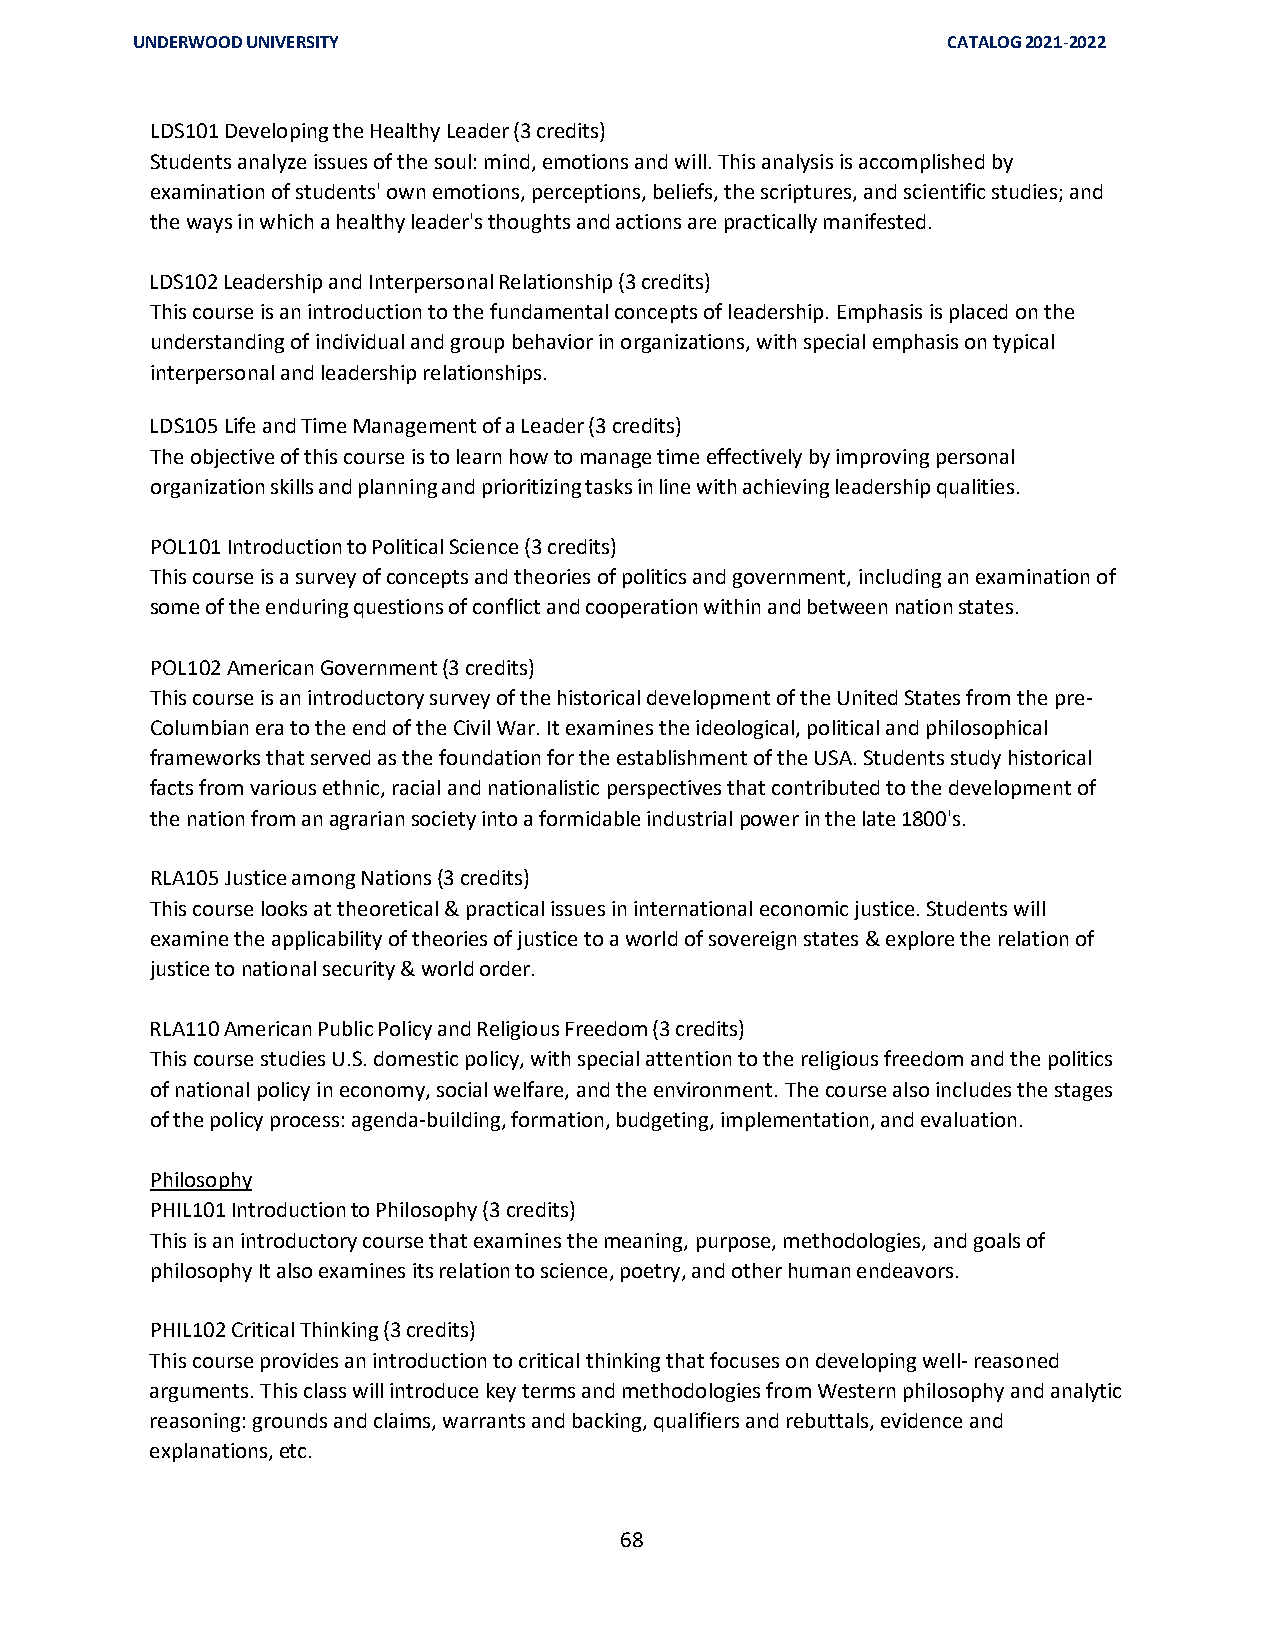
UNDERWOOD UNIVERSITY                                  CATALOG 2021-2022
 LDS101 Developing the Healthy Leader (3 credits)
 Students analyze issues of the soul: mind, emotions and will. This analysis is accomplished by
 examination of students' own emotions, perceptions, beliefs, the scriptures, and scientific studies; and
 the ways in which a healthy leader's thoughts and actions are practically manifested.
 LDS102 Leadership and Interpersonal Relationship (3 credits)
 This course is an introduction to the fundamental concepts of leadership. Emphasis is placed on the
 understanding of individual and group behavior in organizations, with special emphasis on typical
 interpersonal and leadership relationships.
 LDS105 Life and Time Management of a Leader (3 credits)
 The objective of this course is to learn how to manage time effectively by improving personal
 organization skills and planning and prioritizing tasks in line with achieving leadership qualities.
 POL101 Introduction to Political Science (3 credits)
 This course is a survey of concepts and theories of politics and government, including an examination of
 some of the enduring questions of conflict and cooperation within and between nation states.
 POL102 American Government (3 credits)
 This course is an introductory survey of the historical development of the United States from the pre-
 Columbian era to the end of the Civil War. It examines the ideological, political and philosophical
 frameworks that served as the foundation for the establishment of the USA. Students study historical
 facts from various ethnic, racial and nationalistic perspectives that contributed to the development of
 the nation from an agrarian society into a formidable industrial power in the late 1800's.
 RLA105 Justice among Nations (3 credits)
 This course looks at theoretical & practical issues in international economic justice. Students will
 examine the applicability of theories of justice to a world of sovereign states & explore the relation of
 justice to national security & world order.
 RLA110 American Public Policy and Religious Freedom (3 credits)
 This course studies U.S. domestic policy, with special attention to the religious freedom and the politics
 of national policy in economy, social welfare, and the environment. The course also includes the stages
 of the policy process: agenda-building, formation, budgeting, implementation, and evaluation.
 Philosophy
 PHIL101 Introduction to Philosophy (3 credits)
 This is an introductory course that examines the meaning, purpose, methodologies, and goals of
 philosophy It also examines its relation to science, poetry, and other human endeavors.
 PHIL102 Critical Thinking (3 credits)
 This course provides an introduction to critical thinking that focuses on developing well- reasoned
 arguments. This class will introduce key terms and methodologies from Western philosophy and analytic
 reasoning: grounds and claims, warrants and backing, qualifiers and rebuttals, evidence and
 explanations, etc.
 68